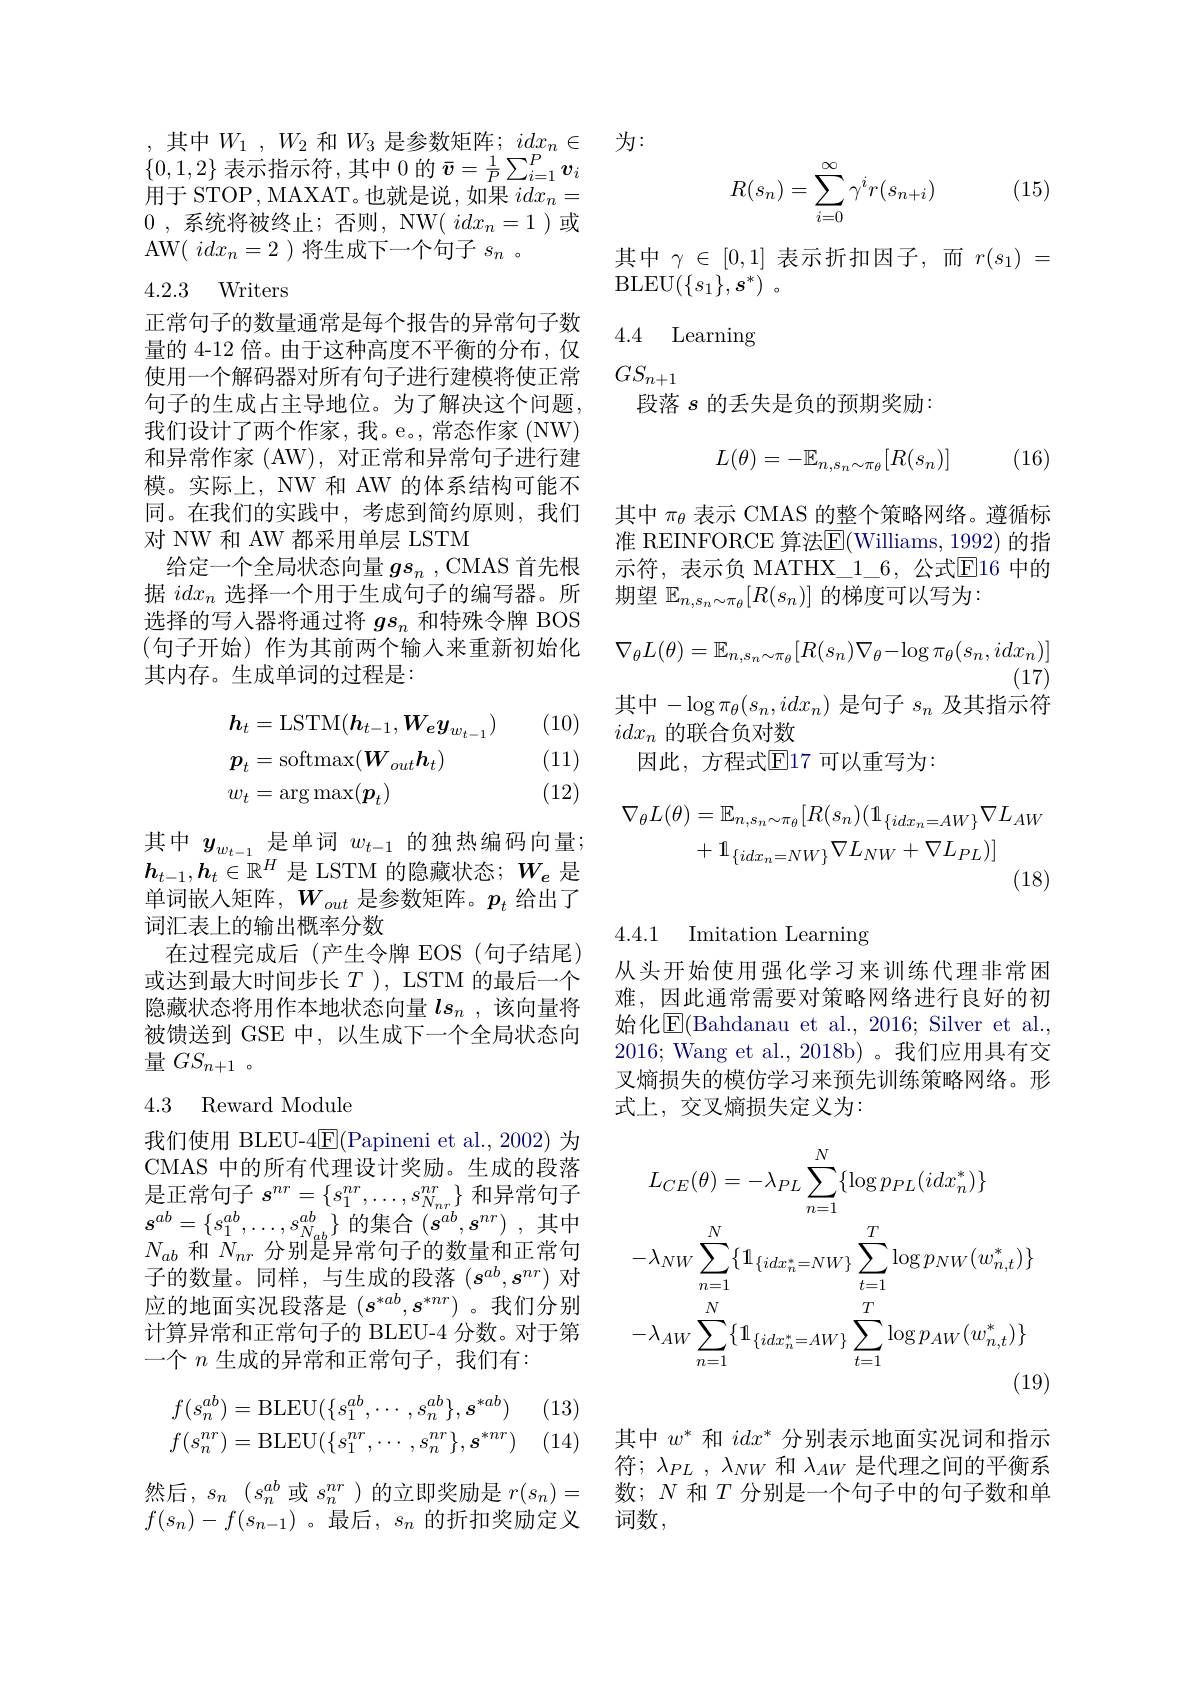
$\{0,1,2\}$表示指示符 ,其中 0 的$\bar{v}=\frac1P\sum_{i=1}^P\boldsymbol{v}_i$ $\mathop{\text{用于 STOP, MAXAT。也就是说，如果 }idx_n=}$ 0 , 系 统 将 被 终 止 ; 否 则 , NW( $idx_n= 1$ )或AW( $idx_n=2$ )将生成下一个句子$s_n$ 。

4.2.3 Writers

正常句子的数量通常是每个报告的异常句子数量的 4-12 倍。由于这种高度不平衡的分布，仅使用一个解码器对所有句子进行建模将使正常句子的生成占主导地位。为了解决这个问题， 我们设计了两个作家，我。e。,常态作家(NW) 和异常作家 (AW), 对正常和异常句子进行建模。实际上，NW 和 AW 的体系结构可能不同。在我们的实践中，考虑到简约原则，我们对 NW 和 AW 都采用单层 LSTM
给定一个全局状态向量$gs_n$ , CMAS 首先根据$idx_n$选择一个用于生成句子的编写器。所选择的写人器将通过将$gs_n$和特殊令牌 BOS (句子开始)作为其前两个输入来重新初始化其内存。生成单词的过程是：

(10)
$$\begin{aligned}&h_{t}=\mathrm{LSTM}(\boldsymbol{h}_{t-1},\boldsymbol{W}_{\boldsymbol{e}}\boldsymbol{y}_{w_{t-1}})\\&p_{t}=\mathrm{softmax}(\boldsymbol{W}_{out}\boldsymbol{h}_{t})\\&w_{t}=\arg\max(\boldsymbol{p}_{t})\end{aligned}$$
(11) (12)

其 中 $y_{w_{t- 1}}$ 是 单 词 $w_{t- 1}$ 的 独 热 编 码 向 量 ; $\boldsymbol{h}_{t- 1}, \boldsymbol{h}_{t}\in \mathbb{R} ^{H}$ 是 LSTM 的 隐 藏 状 态 $; W_{e}$ 是单词嵌入矩阵，$W_{out}$是参数矩阵。$p_t$给出了词汇表上的输出概率分数
在过程完成后(产生令牌 EOS(句子结尾) 或达到最大时间步长$T)$, LSTM 的最后一个隐藏状态将用作本地状态向量$ls_n$ ,该向量将被馈送到 GSE 中，以生成下一个全局状态向量$GS_{n+1}$。

### 4.3 Reward Module

我们使用 BLEU-4$\underline{\mathrm{E}}($Papineni et al., 2002) 为CMAS 中的所有代理设计奖励。生成的段落是正常句子$s^nr=\left\{s_1^{nr},\ldots,s_{N_{nr}}^{nr}\right\}$和异常句子$s^{ab}=\left\{s_{1}^{ab},\ldots,s_{N_{ab}}^{ab}\right\}$的集合$(s^ab,s^{nr})$,其中$N_{ab}$和$\bar{N}_{nr}$分别是异常句子的数量和正常句子的数量。同样，与生成的段落($s^ab,s^{nr})$对应的地面实况段落是$(s^*ab,s^{*nr})$。我们分别计算异常和正常句子的 BLEU-4 分数。对于第一个$n$生成的异常和正常句子，我们有：

(13)
$$f(s_{n}^{ab})=\mathrm{BLEU}(\{s_{1}^{ab},\cdots,s_{n}^{ab}\},s^{*ab})\\f(s_{n}^{nr})=\mathrm{BLEU}(\{s_{1}^{nr},\cdots,s_{n}^{nr}\},s^{*nr})$$
然后，$s_n$ $( s_n^{ab}$或$s_n^nr$)的立即奖励是$r(s_n)=$ $f(s_n)-f(s_{n-1})$。最后$,s_n$的折扣奖励定义

,其中$W_1,W_{2}$ 和$W_3$ 是参数矩阵$;idx_n\in$为：

(15)
$$\begin{aligned}R(s_n)=\sum_{i=0}^\infty\gamma^ir(s_{n+i})\end{aligned}$$
其中$\gamma\in[0,1]$表示折扣因子，而$r(s_1)=$
$\operatorname { BLEU} ( \{ s_1\} , \boldsymbol{s}^* )$ 。

# 4.4 Learning

$GS_{n+1}$

段落$s$的丢失是负的预期奖励：
$$L(\theta)=-\mathbb{E}_{n,s_n\sim\pi_\theta}[R(s_n)]$$
(16)

其中$\pi_\theta$表示 CMAS 的整个策略网络。遵循标准 REINFORCE 算法$\overline{\mathrm{E}}($Williams, 1992) 的指示符，表示负 MATHX\_1\_6,公式$\overline{\mathrm{E}}$16 中的期望$\mathbb{E}_{n,s_n\sim\pi_\theta}[R(s_n)]$的梯度可以写为：
$$\nabla_{\theta}L(\theta)=\mathbb{E}_{n,s_{n}\sim\pi_{\theta}}[R(s_{n})\nabla_{\theta}-\log\pi_{\theta}(s_{n},idx_{n})]$$
$(1\vec{7})$
其中$-\log\pi_\theta(s_n,idx_n)$是句子$s_n$及其指示符
$idx_n$的联合负对数
因此，方程式$\mathbb{E}$17 可以重写为：
$$\nabla_{\theta}L(\theta)=\mathbb{E}_{n,s_{n}\sim\pi_{\theta}}[R(s_{n})(\mathbb{1}_{\{idx_{n}=AW\}}\nabla L_{AW}\\+\mathbb{1}_{\{idx_{n}=NW\}}\nabla L_{NW}+\nabla L_{PL})]$$
4.4.1 Imitation Learning

从头开始使用强化学习来训练代理非常困难，因此通常需要对策略网络进行良好的初始化$\underline{\mathrm{E}}($Bahdanau et al., 2016; Silver et al., 2016; Wang et al., 2018b) 。我们应用具有交叉熵损失的模仿学习来预先训练策略网络。形式上，交叉熵损失定义为：
$$\begin{aligned}&L_{CE}(\theta)=-\lambda_{PL}\sum_{n=1}^{N}\{\log p_{PL}(idx_{n}^{*})\}\\&-\lambda_{NW}\sum_{n=1}^{N}\{\mathbb{1}_{\{idx_{n}^{*}=NW\}}\sum_{t=1}^{T}\log p_{NW}(w_{n,t}^{*})\}\\&-\lambda_{AW}\sum_{n=1}^{N}\{\mathbb{1}_{\{idx_{n}^{*}=AW\}}\sum_{t=1}^{T}\log p_{AW}(w_{n,t}^{*})\}\end{aligned}$$
其中$w^*$和$idx^*$分别表示地面实况词和指示符$;\lambda_{PL},\lambda_{NW}$和$\lambda_{AW}$是代理之间的平衡系数；$N$和$T$分别是一个句子中的句子数和单词数，